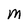
Character: M